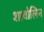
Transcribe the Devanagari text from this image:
शावोलिन